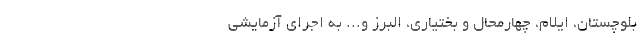
بلوچستان، ایلام، چهارمحال و بختیاری، البرز و... به اجرای آزمایشی